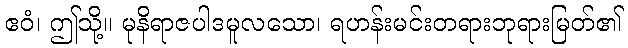
ဧဝံ၊ ဤသို့။ မုနိရာဇပါဒမူလသော၊ ရဟန်းမင်းတရားဘုရားမြတ်၏